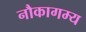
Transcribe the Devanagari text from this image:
नौकागम्य